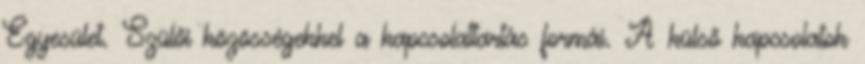
Egyesület. Szülői közösségekkel a kapcsolattartás formái. A külső kapcsolatok